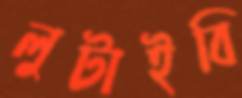
লুটাইবি